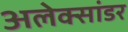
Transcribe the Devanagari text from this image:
अलेक्सांडर